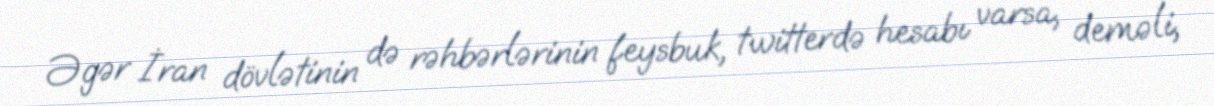
Əgər İran dövlətinin də rəhbərlərinin feysbuk, twitterdə hesabı varsa, deməli,